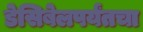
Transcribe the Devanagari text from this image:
डेसिबेलपर्यंतचा